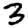
Digit: 3